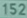
152